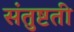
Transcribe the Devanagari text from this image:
संतुष्टती